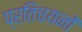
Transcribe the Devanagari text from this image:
प्रतिचयनों